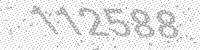
Solution: 112588